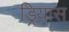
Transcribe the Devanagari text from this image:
ड्रियास